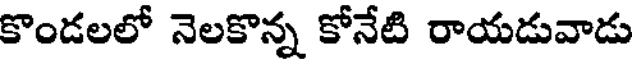
కొండలలో నెలకొన్న కోనేటి రాయడువాడు